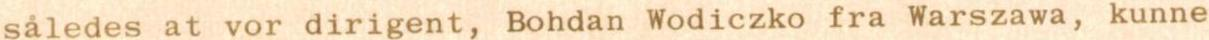
således at vor dirigent, Bohdan Wodiczko fra Warszawa, kunne